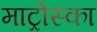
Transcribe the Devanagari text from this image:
माट्रोस्का